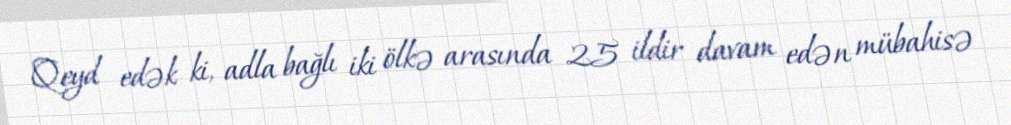
Qeyd edək ki, adla bağlı iki ölkə arasında 25 ildir davam edən mübahisə